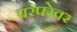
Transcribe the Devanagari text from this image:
परंपरेवर